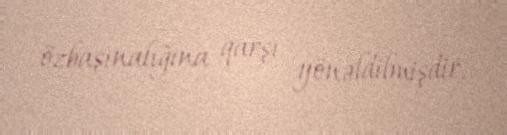
özbaşınalığına qarşı yönəldilmişdir.